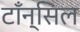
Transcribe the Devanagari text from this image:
टाँन्सिल